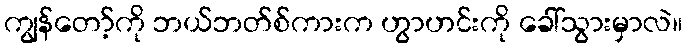
ကျွန်တော့်ကို ဘယ်ဘတ်စ်ကားက ဟွာဟင်းကို ခေါ်သွားမှာလဲ။